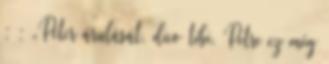
; ; „Péter árulását, dico tibi, Petre ez még